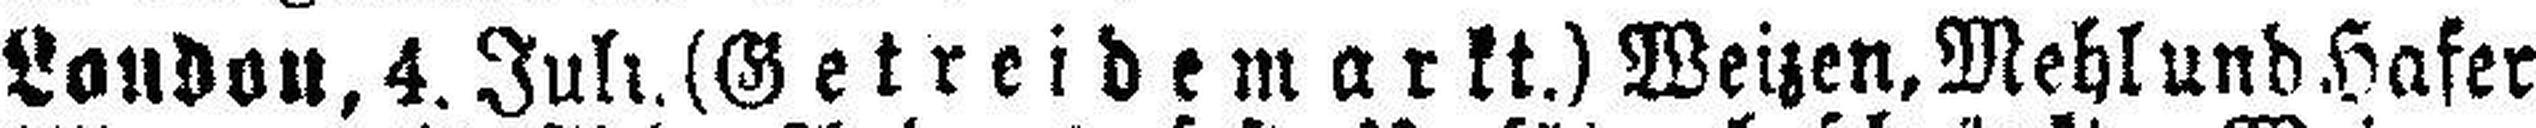
London, 4. Juli. (Getreidemarkt.) Weizen, Mehl und Hafer